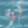
لو